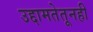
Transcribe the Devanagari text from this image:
उद्दामतेतूनही